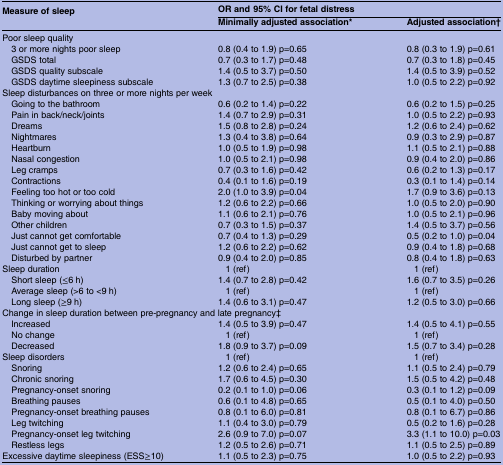
<table><thead><tr><td><b>Measure of sleep</b></td><td colspan="2"><b>OR and 95% CI for fetal distress</b></td></tr><tr><td></td><td><b>Minimally adjusted association*</b></td><td><b>Adjusted association†</b></td></tr></thead><tbody><tr><td colspan="3">Poor sleep quality</td></tr><tr><td> 3 or more nights poor sleep</td><td>0.8 (0.4 to 1.9) p=0.65</td><td>0.8 (0.3 to 1.9) p=0.61</td></tr><tr><td> GSDS total</td><td>0.7 (0.3 to 1.7) p=0.48</td><td>0.7 (0.3 to 1.8) p=0.45</td></tr><tr><td> GSDS quality subscale</td><td>1.4 (0.5 to 3.7) p=0.50</td><td>1.4 (0.5 to 3.9) p=0.52</td></tr><tr><td> GSDS daytime sleepiness subscale</td><td>1.3 (0.7 to 2.5) p=0.38</td><td>1.0 (0.5 to 2.2) p=0.92</td></tr><tr><td colspan="3">Sleep disturbances on three or more nights per week</td></tr><tr><td> Going to the bathroom</td><td>0.6 (0.2 to 1.4) p=0.22</td><td>0.6 (0.2 to 1.5) p=0.25</td></tr><tr><td> Pain in back/neck/joints</td><td>1.4 (0.7 to 2.9) p=0.31</td><td>1.0 (0.5 to 2.2) p=0.93</td></tr><tr><td> Dreams</td><td>1.5 (0.8 to 2.8) p=0.24</td><td>1.2 (0.6 to 2.4) p=0.62</td></tr><tr><td> Nightmares</td><td>1.3 (0.4 to 3.8) p=0.64</td><td>0.9 (0.3 to 2.9) p=0.87</td></tr><tr><td> Heartburn</td><td>1.0 (0.5 to 1.9) p=0.98</td><td>1.1 (0.5 to 2.1) p=0.88</td></tr><tr><td> Nasal congestion</td><td>1.0 (0.5 to 2.1) p=0.98</td><td>0.9 (0.4 to 2.0) p=0.86</td></tr><tr><td> Leg cramps</td><td>0.7 (0.3 to 1.6) p=0.42</td><td>0.6 (0.2 to 1.3) p=0.17</td></tr><tr><td> Contractions</td><td>0.4 (0.1 to 1.6) p=0.19</td><td>0.3 (0.1 to 1.4) p=0.14</td></tr><tr><td> Feeling too hot or too cold</td><td>2.0 (1.0 to 3.9) p=0.04</td><td>1.7 (0.9 to 3.6) p=0.13</td></tr><tr><td> Thinking or worrying about things</td><td>1.2 (0.6 to 2.2) p=0.66</td><td>1.0 (0.5 to 2.0) p=0.90</td></tr><tr><td> Baby moving about</td><td>1.1 (0.6 to 2.1) p=0.76</td><td>1.0 (0.5 to 2.1) p=0.96</td></tr><tr><td> Other children</td><td>0.7 (0.3 to 1.5) p=0.37</td><td>1.4 (0.5 to 3.7) p=0.56</td></tr><tr><td> Just cannot get comfortable</td><td>0.7 (0.4 to 1.3) p=0.29</td><td>0.5 (0.2 to 1.0) p=0.04</td></tr><tr><td> Just cannot get to sleep</td><td>1.2 (0.6 to 2.2) p=0.62</td><td>0.9 (0.4 to 1.8) p=0.68</td></tr><tr><td> Disturbed by partner</td><td>0.9 (0.4 to 2.0) p=0.85</td><td>0.8 (0.4 to 1.8) p=0.63</td></tr><tr><td>Sleep duration</td><td>1 (ref)</td><td>1 (ref)</td></tr><tr><td> Short sleep (≤6 h)</td><td>1.4 (0.7 to 2.8) p=0.42</td><td>1.6 (0.7 to 3.5) p=0.26</td></tr><tr><td> Average sleep (&gt;6 to &lt;9 h)</td><td>1 (ref)</td><td>1 (ref)</td></tr><tr><td> Long sleep (≥9 h)</td><td>1.4 (0.6 to 3.1) p=0.47</td><td>1.2 (0.5 to 3.0) p=0.66</td></tr><tr><td colspan="3">Change in sleep duration between pre-pregnancy and late pregnancy‡</td></tr><tr><td> Increased</td><td>1.4 (0.5 to 3.9) p=0.47</td><td>1.4 (0.5 to 4.1) p=0.55</td></tr><tr><td> No change</td><td>1 (ref)</td><td>1 (ref)</td></tr><tr><td> Decreased</td><td>1.8 (0.9 to 3.7) p=0.09</td><td>1.5 (0.7 to 3.4) p=0.28</td></tr><tr><td>Sleep disorders</td><td>1 (ref)</td><td>1 (ref)</td></tr><tr><td> Snoring</td><td>1.2 (0.6 to 2.4) p=0.65</td><td>1.1 (0.5 to 2.4) p=0.79</td></tr><tr><td> Chronic snoring</td><td>1.7 (0.6 to 4.5) p=0.30</td><td>1.5 (0.5 to 4.2) p=0.48</td></tr><tr><td> Pregnancy-onset snoring</td><td>0.2 (0.1 to 1.0) p=0.06</td><td>0.3 (0.1 to 1.2) p=0.09</td></tr><tr><td> Breathing pauses</td><td>0.6 (0.1 to 4.8) p=0.65</td><td>0.5 (0.1 to 4.0) p=0.50</td></tr><tr><td> Pregnancy-onset breathing pauses</td><td>0.8 (0.1 to 6.0) p=0.81</td><td>0.8 (0.1 to 6.7) p=0.86</td></tr><tr><td> Leg twitching</td><td>1.1 (0.4 to 3.0) p=0.79</td><td>0.5 (0.2 to 1.6) p=0.28</td></tr><tr><td> Pregnancy-onset leg twitching</td><td>2.6 (0.9 to 7.0) p=0.07</td><td>3.3 (1.1 to 10.0) p=0.03</td></tr><tr><td> Restless legs</td><td>1.2 (0.5 to 2.6) p=0.71</td><td>1.1 (0.5 to 2.5) p=0.89</td></tr><tr><td>Excessive daytime sleepiness (ESS≥10)</td><td>1.1 (0.5 to 2.3) p=0.75</td><td>1.0 (0.5 to 2.2) p=0.93</td></tr></tbody></table>